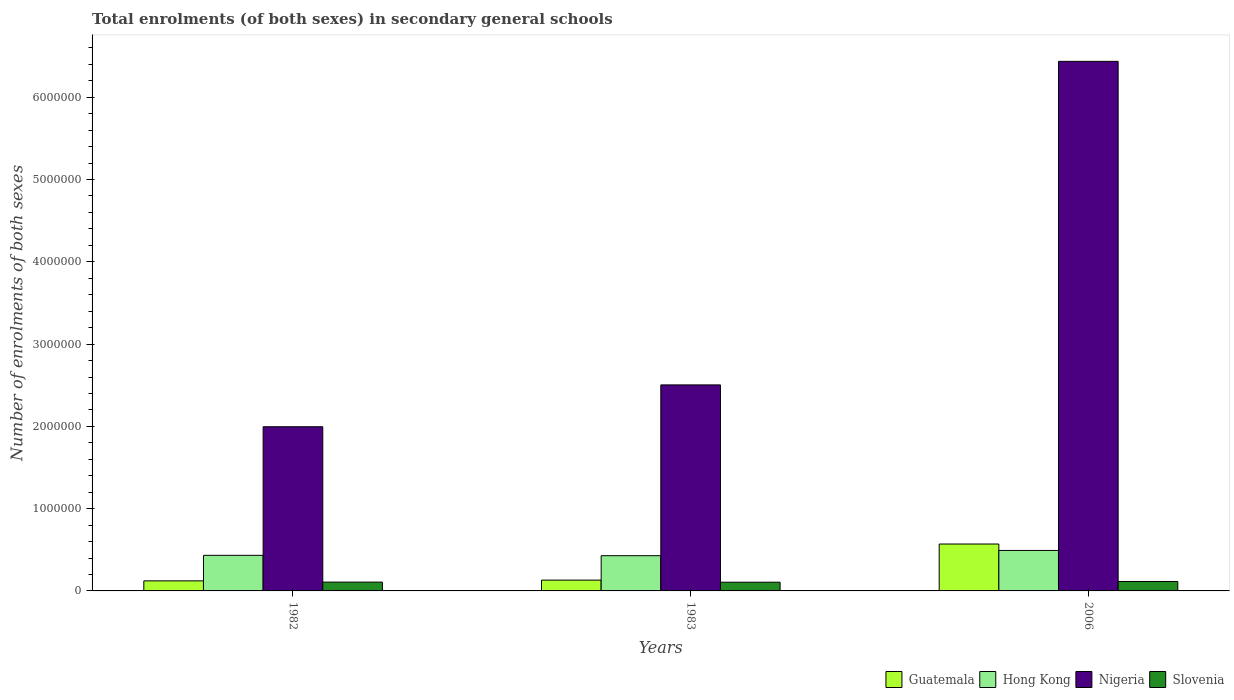
| Years | Guatemala | Hong Kong | Nigeria | Slovenia |
 | --- | --- | --- | --- | --- |
 | 1982 | 1.22e+05 | 4.32e+05 | 2e+06 | 1.07e+05 |
 | 1983 | 1.31e+05 | 4.28e+05 | 2.5e+06 | 1.06e+05 |
 | 2006 | 5.7e+05 | 4.92e+05 | 6.44e+06 | 1.15e+05 |